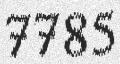
7785